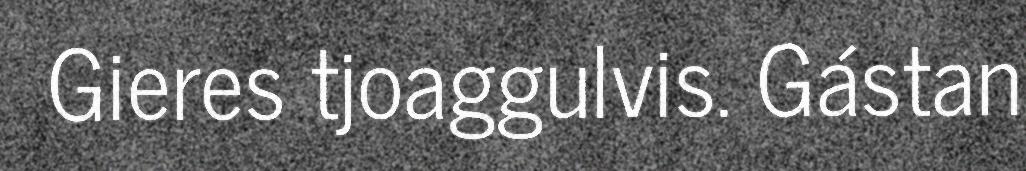
Gieres tjoaggulvis. Gástan